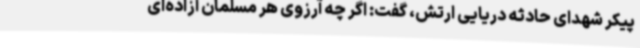
پیکر شهدای حادثه دریایی ارتش، گفت: اگر چه آرزوی هر مسلمان آزاده‌ای